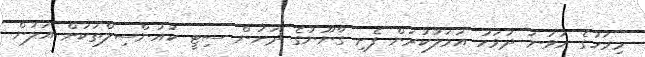
މިމަހުގެ ހަވަނަ ދުވަހު އަމަލުކުރަން ފެށި ގާނޫނުގެ ދަށުން ސިޓީ ކައުންސިލްތަކަށް އަލުން